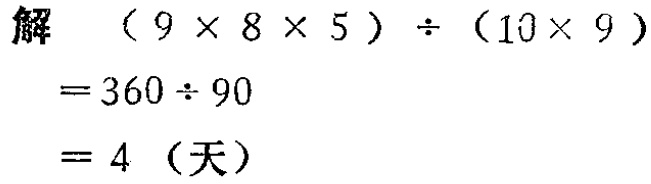
解
\[
\begin{align*}
(9\times8\times5)\div(10\times9)&=360\div90\\
& = 4 \text{（天）}
\end{align*}
\]